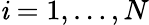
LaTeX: \mathit{i}=1,\ldots,N